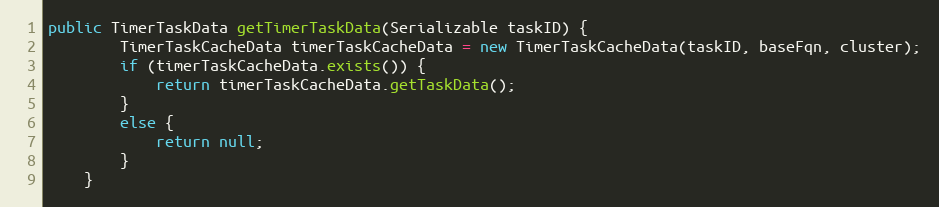
Language: Java
public TimerTaskData getTimerTaskData(Serializable taskID) {
		TimerTaskCacheData timerTaskCacheData = new TimerTaskCacheData(taskID, baseFqn, cluster);
		if (timerTaskCacheData.exists()) {
			return timerTaskCacheData.getTaskData();
		}
		else {
			return null;
		}
	}